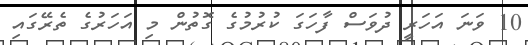
10 ވަނަ އަހަރީ ދުވަސް ފާހަގަ ކުރުމުގެ ގޮތުން މި އަހަރުގެ ތެރޭގައި